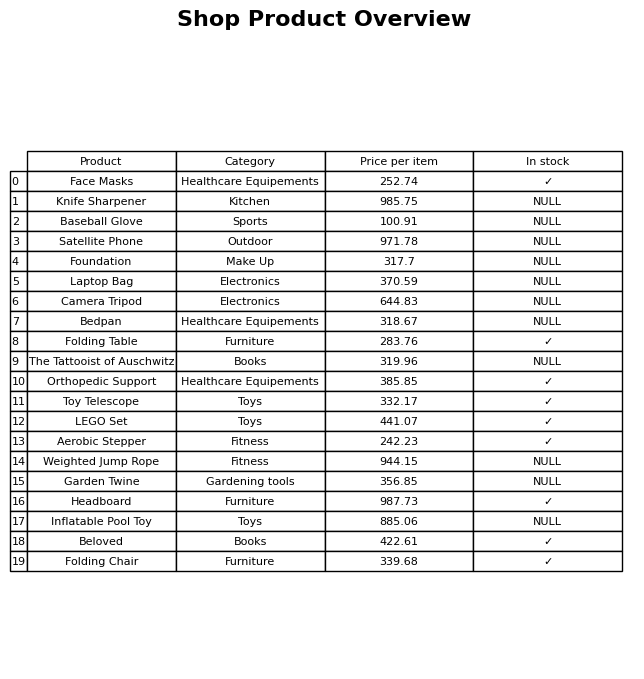
question: What is the price for Weighted Jump Rope?
answer: The price of Weighted Jump Rope is 944.15.